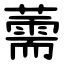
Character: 薷